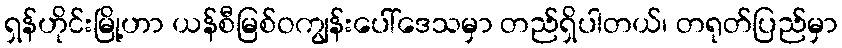
ရှန်ဟိုင်းမြို့ဟာ ယန်စီမြစ်ဝကျွန်းပေါ်ဒေသမှာ တည်ရှိပါတယ်၊ တရုတ်ပြည်မှာ